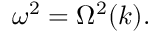
\omega ^ { 2 } = \Omega ^ { 2 } ( k ) .